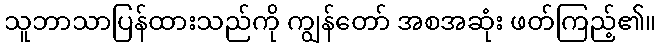
သူဘာသာပြန်ထားသည်ကို ကျွန်တော် အစအဆုံး ဖတ်ကြည့်၏။